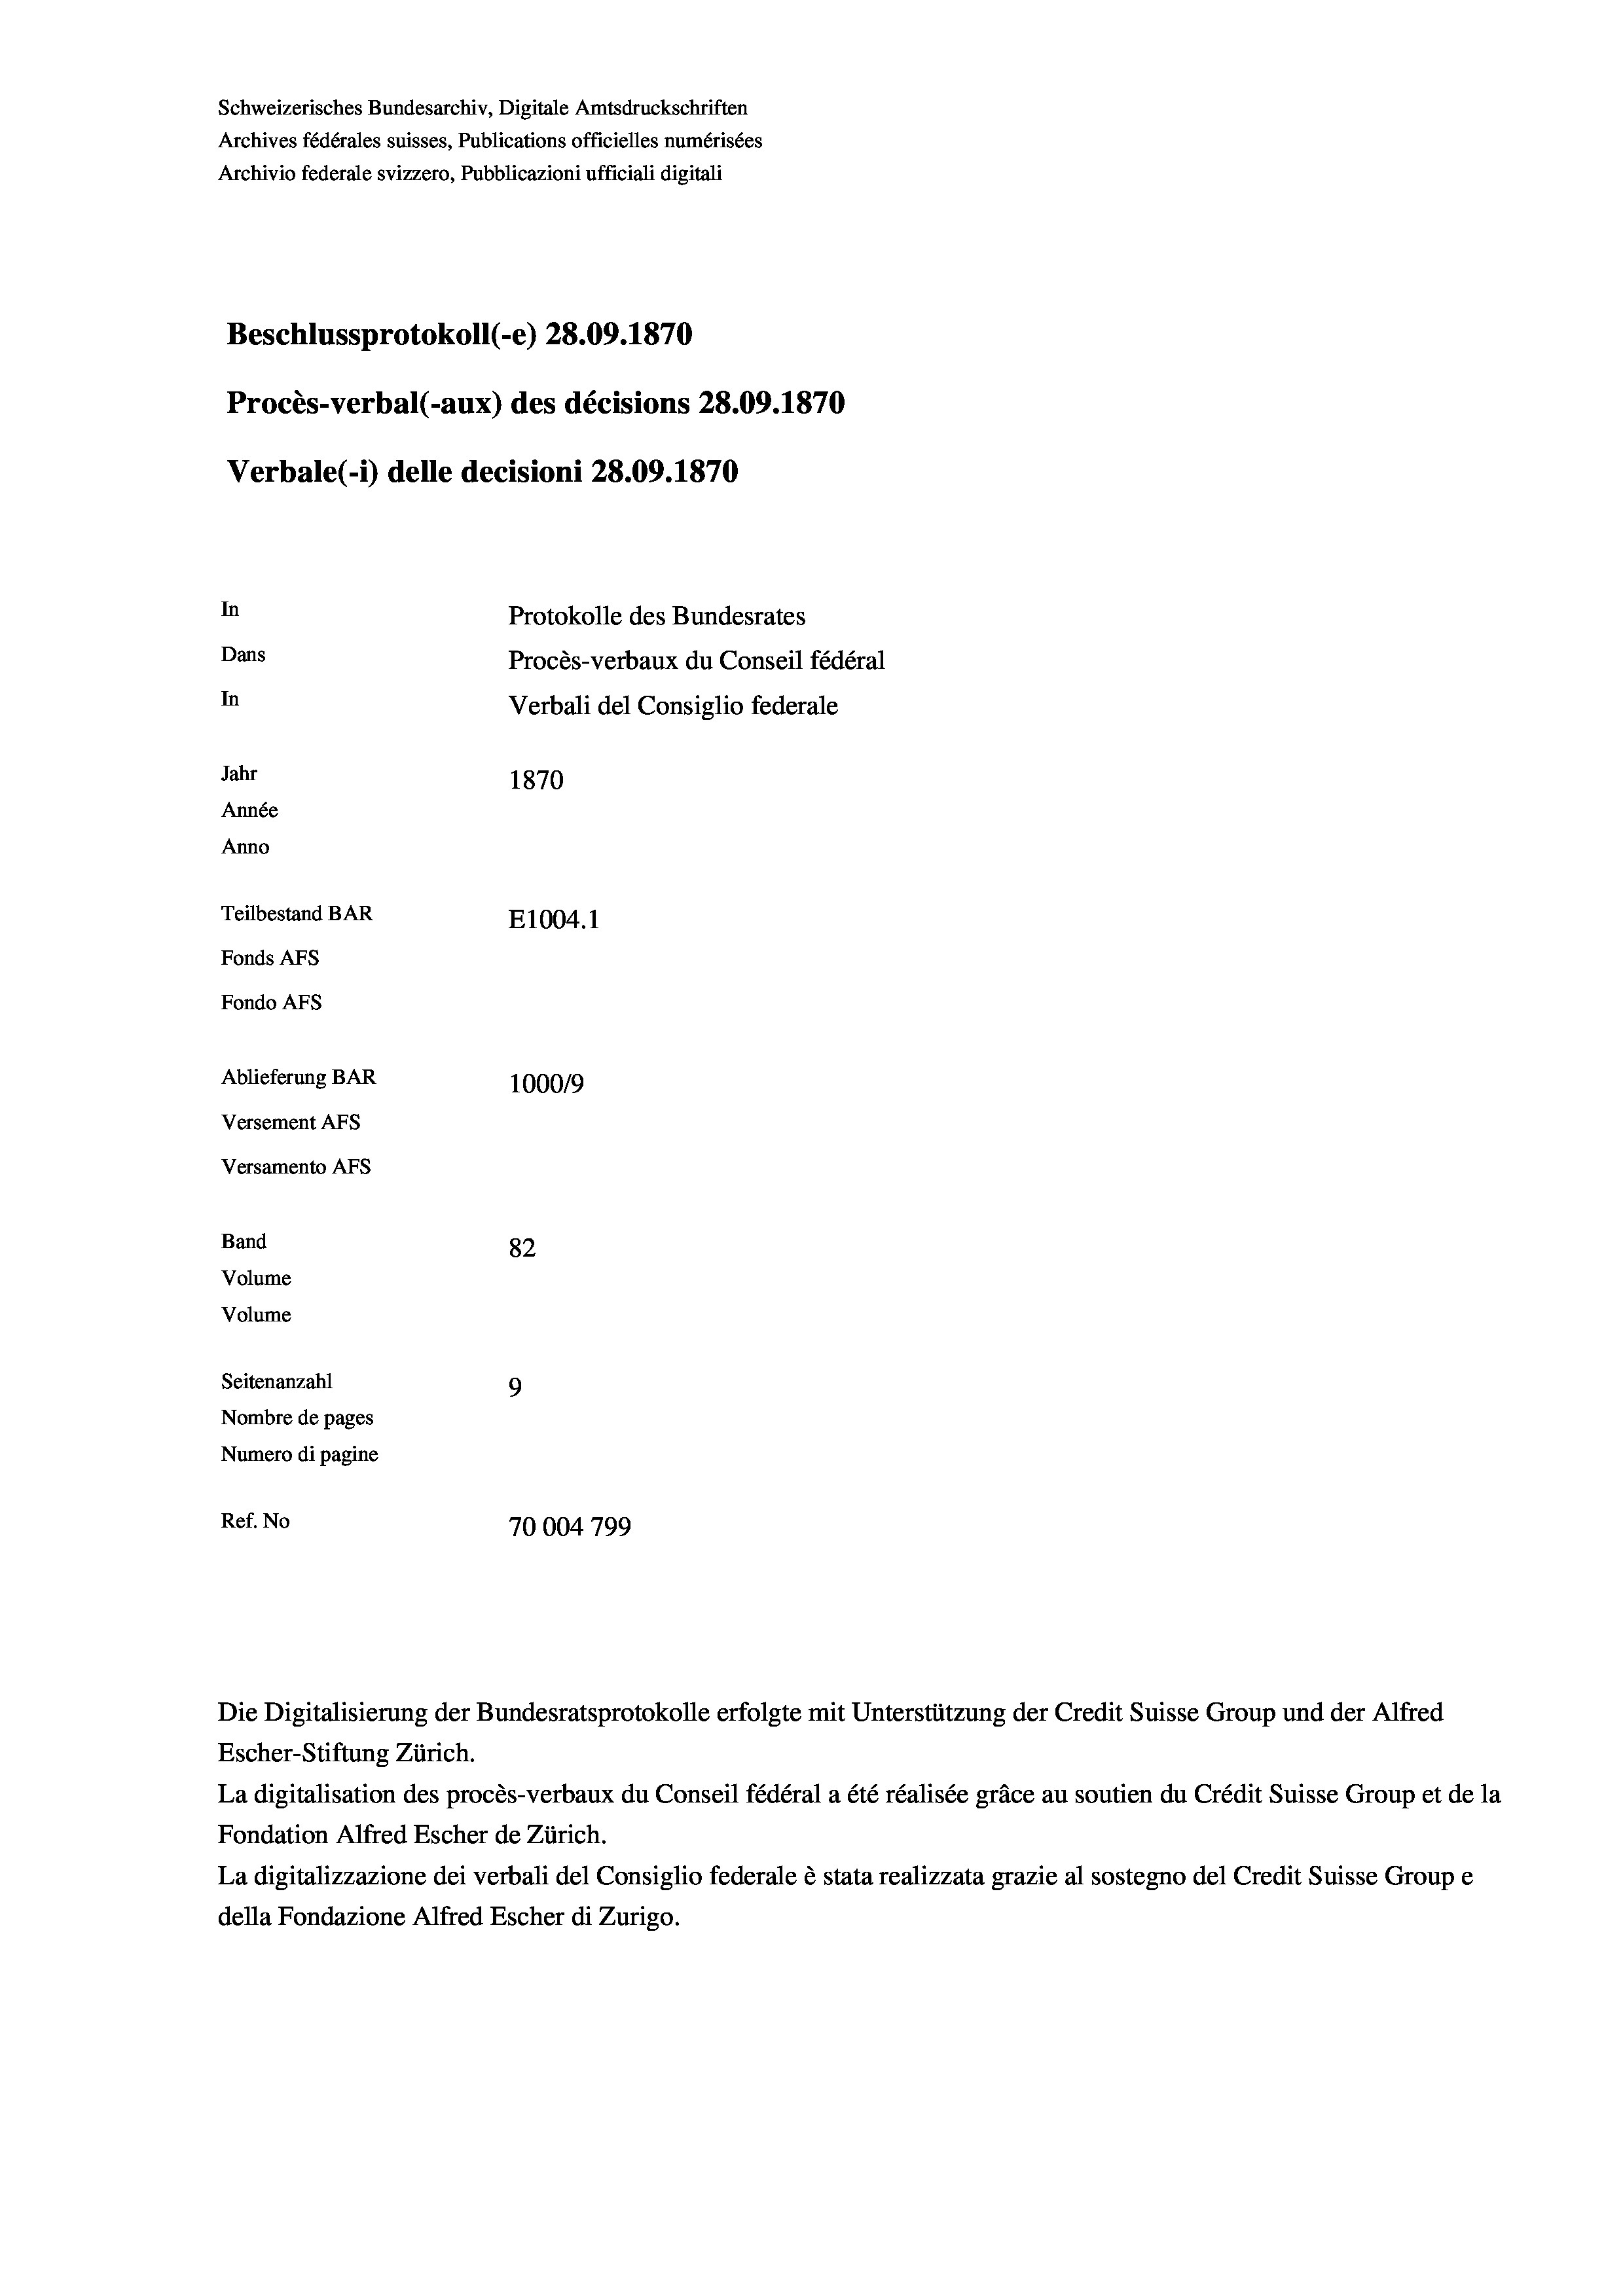
Schweizerisches Bundesarchiv, Digitale Amtsdruckschriften
Archives fédérales suisses, Publications officielles numérisées
Archivio federale svizzero, Pubblicazioni ufficiali digitali
Beschlussprotokoll (-e) 28.09. 1870
Procès-verbal (-aux) des décisions 28.09. 1870
Verbale (1) delle decisioni 28.09. 1870
In
Protokolle des Bundesrates
Dans
Procès-verbaux du Conseil fédéral
In
Verbali del Consiglio federale
Jahr
1870
Année
Anno
Teilbestand BAR
E1004.1
Fonds Afs
Fondo AFs
Ablieferung BAR
100019
Versement AFS

Versamento Afs
Band
Volume

82
9
Seitenanzahl
Nombre de pages
Numero di pagine
Ref. No
70004 799

Volume

Die Digitalisierung der Bundesratsprotokolle erfolgte mit Unterstützung der Credit Suisse Group und der Alfred
Escher-Stiftung Zürich.
La digitalisation des procès-verbaux du Conseil fédéral a été réalisée gräce au soutien du Crédit Suisse Group et de la
Fondation Alfred Escher de Zürich.
La digitalizzazione dei verbali del Consiglio federale è stata realizzata grazie al sostegno del Credit Suisse Groupe
della Fondazione Alfred Escher di Zurigo.